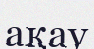
ақау